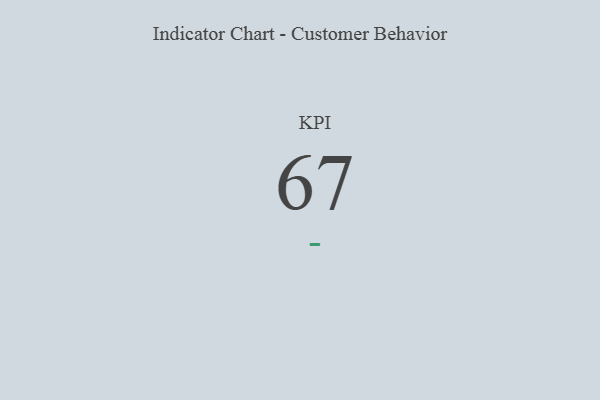
{"axis": {"x": "KPI", "y": "Value"}, "legend": [""], "data": [{"x": "KPI", "y": 67, "type": ""}]}